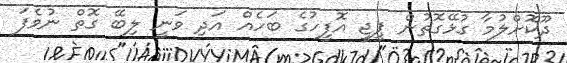
ދޫކޮށްލުމާ ގުޅޭގޮތުން ޕީޖީ އޮފީހުގެ ބަހެއް އަދި ވަނީ ލިބޭ ގޮތް ނުވެފަ